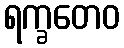
ရက္ခတေဝ